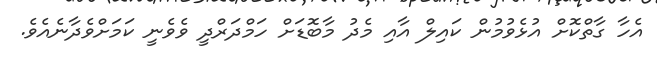
އެހާ ގާތްކޮށް އުޅެވުމުން ކައިލް އާއި މެދު މާބޮޑަށް ހަމްދަރްދީ ވެވެނީ ކަމަށްވެދާނެއެވެ.